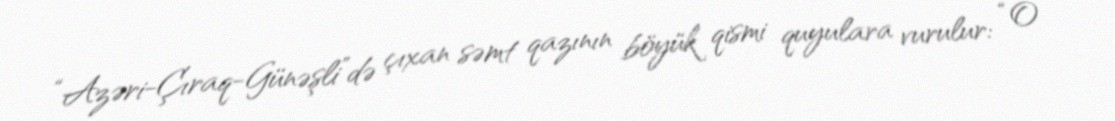
“Azəri-Çıraq-Günəşli”də çıxan səmt qazının böyük qismi quyulara vurulur: “O